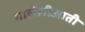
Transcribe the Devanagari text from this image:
माहोलीआती